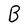
Character: B